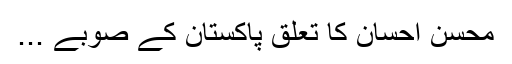
محسن احسان کا تعلق پاکستان کے صوبے ...